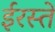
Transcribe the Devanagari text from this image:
ईरस्ते